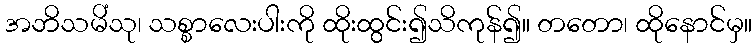
အဘိသမိံသု၊ သစ္စာလေးပါးကို ထိုးထွင်း၍သိကုန်၍။ တတော၊ ထိုနောင်မှ။